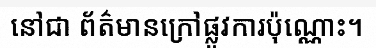
នៅជា ព័ត៌មានក្រៅផ្លូវការប៉ុណ្ណោះ។